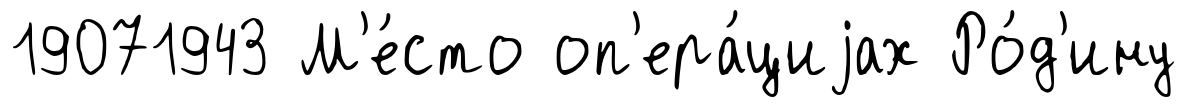
19071943 М'е́сто оп'ера́циjах Ро́д'ину